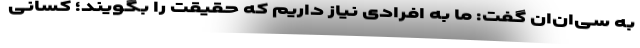
به سی‌ان‌ان گفت: ما به افرادی نیاز داریم که حقیقت را بگویند؛ کسانی